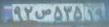
۹۲ص۵۳۵۱۹